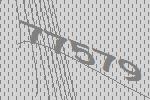
77579